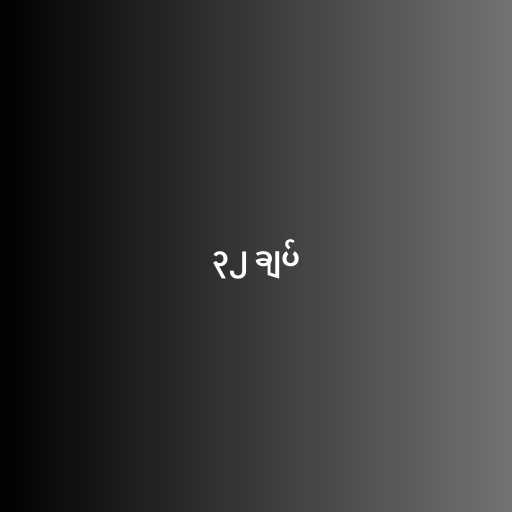
၃၂ ချပ်